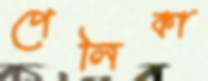
পেলিকা